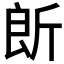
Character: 𣂞